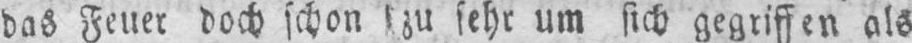
das Feuer doch schon zu sehr um sich gegriffen als